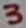
Text: 3